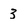
Character: 3